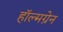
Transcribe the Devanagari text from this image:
हॉल्मग्रेन